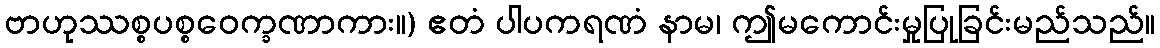
ဗာဟုဿစ္စပစ္စဝေက္ခဏာကား။) ဧတံ ပါပကရဏံ နာမ၊ ဤမကောင်းမှုပြုခြင်းမည်သည်။